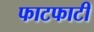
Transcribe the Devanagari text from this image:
फाटफाटी